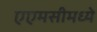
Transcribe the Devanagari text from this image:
एएमसीमध्ये